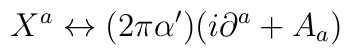
X^a \leftrightarrow (2 \pi \alpha') (i \partial^a + A_a)